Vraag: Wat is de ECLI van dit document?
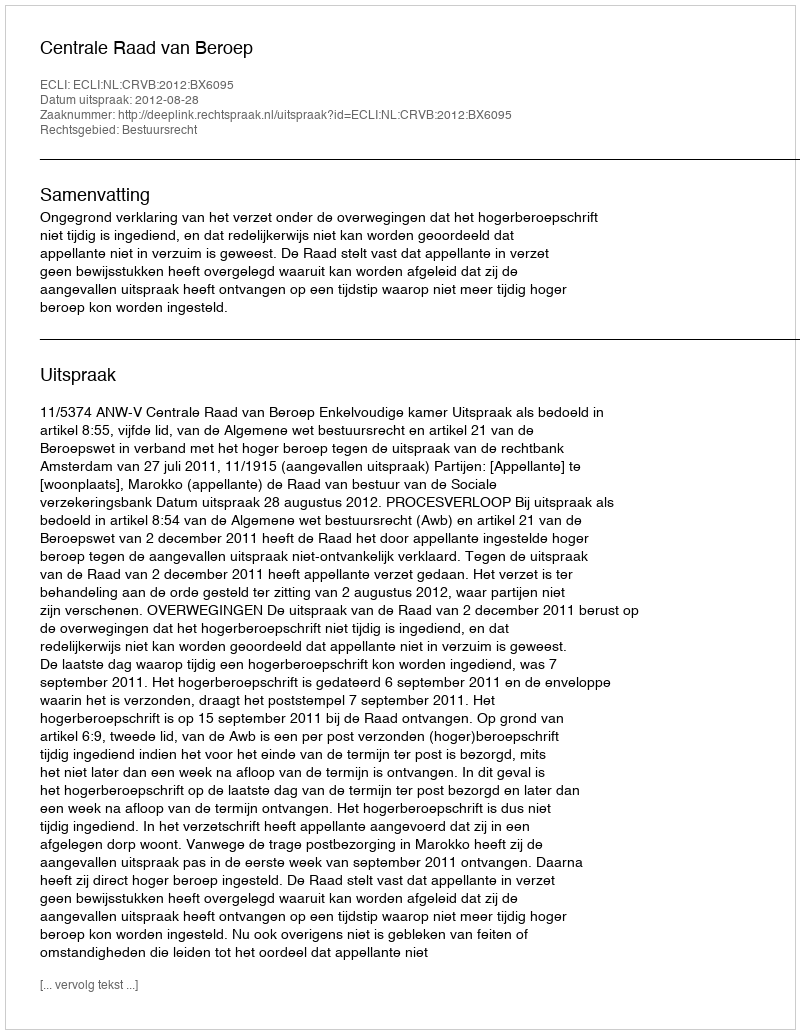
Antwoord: ECLI:NL:CRVB:2012:BX6095